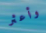
وأعثر